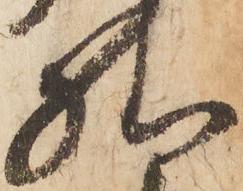
様